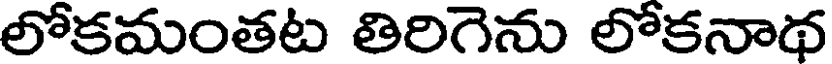
లోకమంతట తిరిగెను లోకనాథ